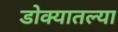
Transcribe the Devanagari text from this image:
डोक्यातल्या